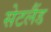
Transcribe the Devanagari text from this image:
सेटलैंड